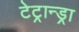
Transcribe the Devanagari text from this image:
टेट्रान्ड्रा